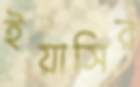
ইয়াসির